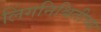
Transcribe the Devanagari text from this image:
लिंगनिश्चितीच्या